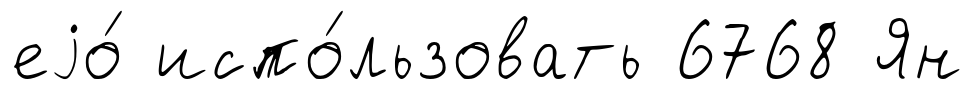
еjо́ испо́льзовать 6768 Ян